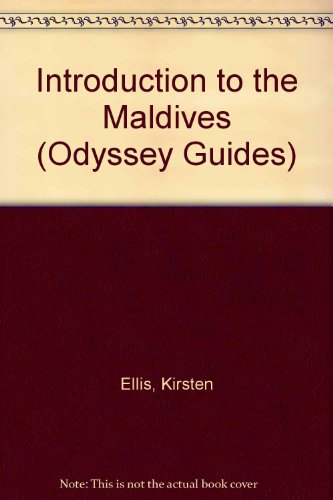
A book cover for Introduction to the Maldives (Odyssey Guides); Kirsten Ellis; Travel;